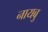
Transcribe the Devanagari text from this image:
नायबु